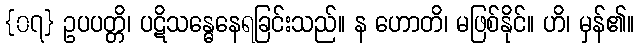
{၀၇} ဥပပတ္တိ၊ ပဋိသန္ဓေနေရခြင်းသည်။ န ဟောတိ၊ မဖြစ်နိုင်။ ဟိ၊ မှန်၏။